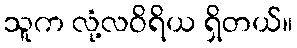
သူက လုံ့လဝိရိယ ရှိတယ်။